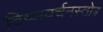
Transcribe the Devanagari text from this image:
विष्णवर्चनस्तोत्र